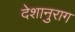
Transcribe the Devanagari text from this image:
देशानुराग